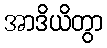
အာဒိယိတွာ